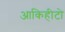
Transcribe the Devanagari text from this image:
आकिहीटो